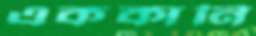
এককানি